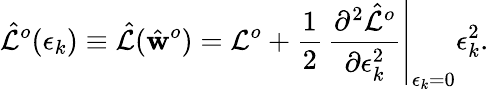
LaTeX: \hat{\mathcal{L}}^{o}(\epsilon_{k})\equiv\hat{\mathcal{L}}(\hat{\mathbf{w}}^{o})=\mathcal{L}^{o}+\frac{1}{2}\, \left.\frac{\partial^{2}\hat{\mathcal{L}}^{o}}{\partial\epsilon_{k}^{2}}\right|_{\epsilon_{k}=0}\epsilon_{k}^{2}.